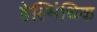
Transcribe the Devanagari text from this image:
हेल्मिंथिक